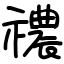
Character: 禯